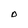
Character: O